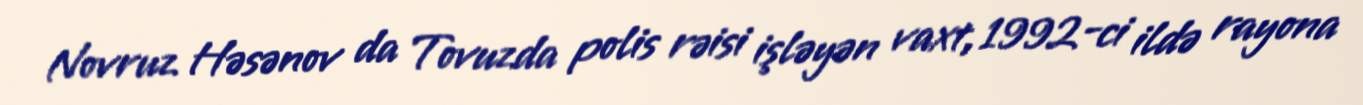
Novruz Həsənov da Tovuzda polis rəisi işləyən vaxt, 1992-ci ildə rayona